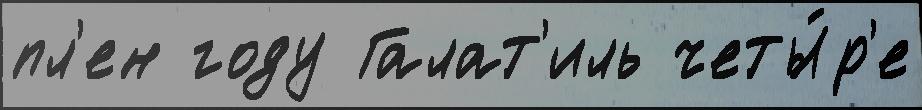
пл'ен году Галат'иль четы́р'е